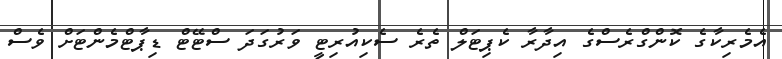
އެމެރިކާގެ ކޮންގްރެސްގެ އިދާރާ ކެޕިޓަލް ތެރެ ސެކިއުރިޓީ ވަރުގަދަ ސްޓޭޓް ޑިޕާޓްމެންޓަށް ވެސް